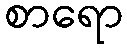
စာရော